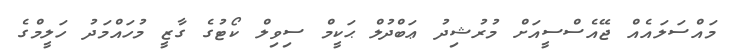
މައްސަލައެއް ޖޭއެސްސީއަށް މުރުޝިދު ޢަބްދުލް ޙަކީމް ސިވިލް ކޯޓުގެ ގާޒީ މުހައްމަދު ހަލީމްގެ